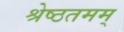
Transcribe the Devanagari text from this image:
श्रेष्ठतमम्